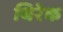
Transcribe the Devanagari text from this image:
थिरेक